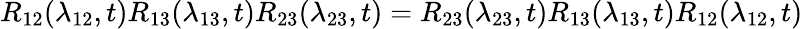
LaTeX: R_{12}(\lambda_{12},t)R_{13}(\lambda_{13},t)R_{23}(\lambda_{23},t)=R_{23}(\lambda_{23},t)R_{13}(\lambda_{13},t)R_{12}(\lambda_{12},t)